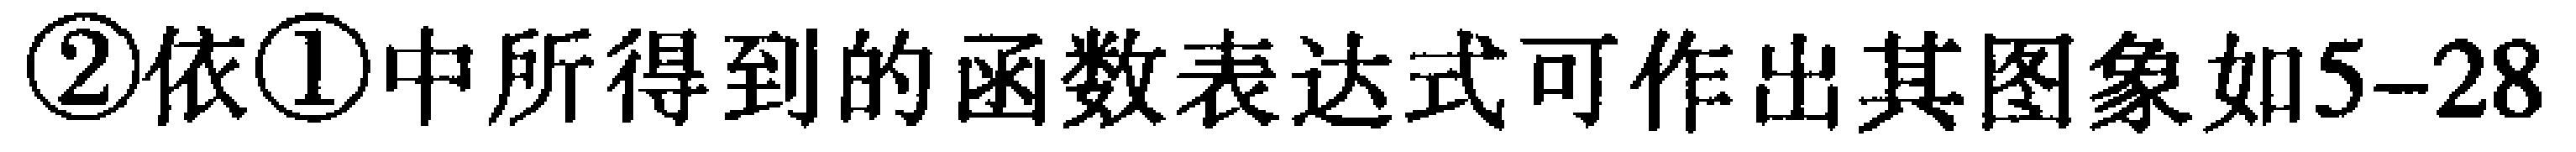
\textcircled{2}依\textcircled{1}中所得到的函数表达式可作出其图象如5--28